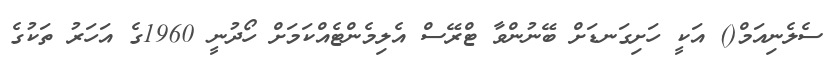
ސެލެނިއަމް() އަކީ ހަށިގަނޑަށް ބޭނުންވާ ޓްރޭސް އެލިމެންޓެއްކަމަށް ހޯދުނީ 1960ގެ އަހަރު ތަކުގެ